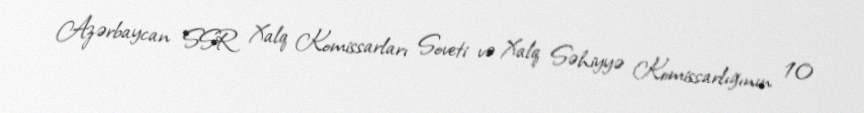
Azərbaycan SSR Xalq Komissarları Soveti və Xalq Səhiyyə Komissarlığının 10